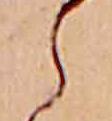
ら